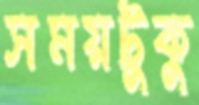
সময়টুকু